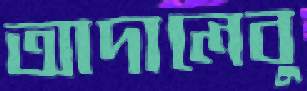
আদালেবু